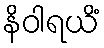
နိဝါရယိံ